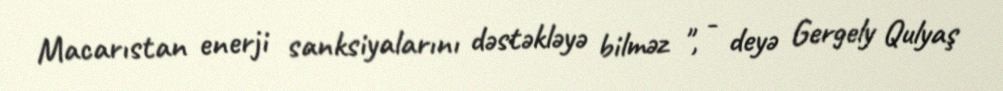
Macarıstan enerji sanksiyalarını dəstəkləyə bilməz ", - deyə Gergely Qulyaş